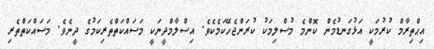
އިޙްތިރާމް ކުރުމަކީ އަޅުގަނޑުމެން ކޮންމެ މުސްލިމަކު ކުރަންޖެހޭކަމެކެވެ. އިސްލާމްދީނަކީ މަސައްކަތްތެރިކަމުގެ ދީނެވެ. މަސައްކަތްތެރި